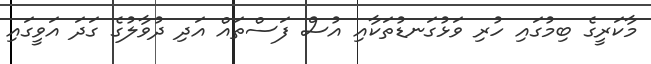
މާކަރީގެ ބިމުގައި ހުރި ވަޅުގަނޑުތަކާއި އުސް ފަސްތައް އަދި ދުވާލުގެ ގަދަ އަވީގައި